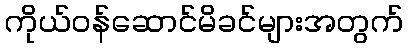
ကိုယ်ဝန်ဆောင်မိခင်များအတွက်